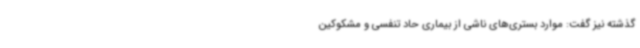
گذشته نیز گفت: موارد بستری‌های ناشی از بیماری حاد تنفسی و مشکوکین